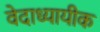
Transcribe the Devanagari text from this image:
वेदाध्यायीक